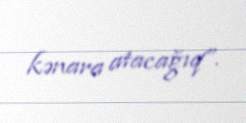
kənara atacağıq”.